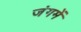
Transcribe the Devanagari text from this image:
जंगमें